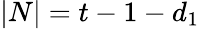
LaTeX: |N|=t-1-d_{1}